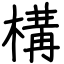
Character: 構